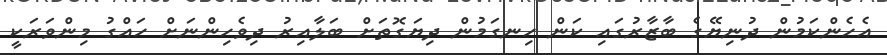
އެހެންކަމުން ދުނިޔޭގެ ބާޒާރުގައި ކަން ހިނގަމުން ދިޔަގޮތަށް ބަލާއިރު ދިވެހިންނަށް ހައްގު މިންވަރަކީ